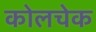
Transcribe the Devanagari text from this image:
कोलचेक